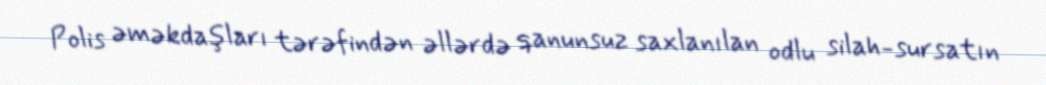
Polis əməkdaşları tərəfindən əllərdə qanunsuz saxlanılan odlu silah-sursatın